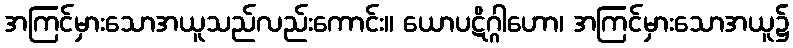
အကြင်မှားသောအယူသည်လည်းကောင်း။ ယောပဋိဂ္ဂါဟော၊ အကြင်မှားသောအယူ၌